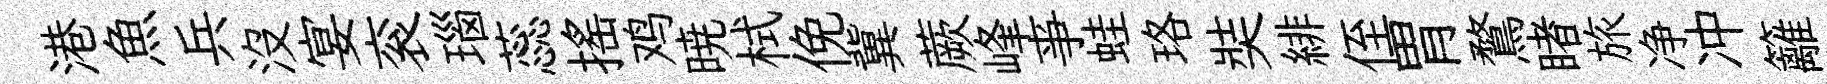
港魚兵没宴衮瑙蕊摇鸡暁栻俛冀蕨峰亊蛙珞奘緋侄胃鶩睹旅净冲籬